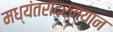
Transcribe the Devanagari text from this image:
मध्यंतरादरम्यान